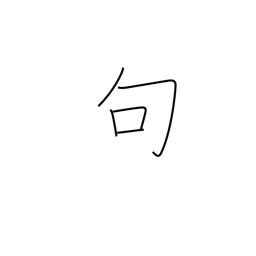
Meaning: phrase